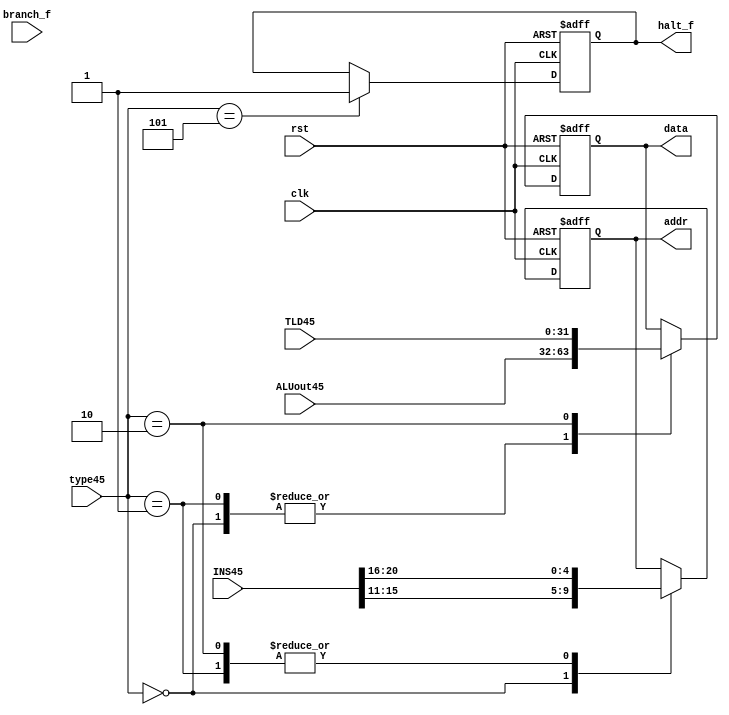
`timescale 1ns / 1ps
//////////////////////////////////////////////////////////////////////////////////
// Company: 
// Engineer: 
// 
// Design Name: 
// Module Name: registerWBstage
// Project Name: 
// Target Devices: 
// Tool Versions: 
// Description: 
// 
// Dependencies: 
// 
// Revision:
// Revision 0.01 - File Created
// Additional Comments:
// 
//////////////////////////////////////////////////////////////////////////////////


module registerWBstage(
input clk,branch_f,rst,
input [31:0]ALUout45,TLD45,INS45,
input [2:0]type45,
output reg halt_f,
output reg[31:0]data,
output reg [4:0]addr
    );
    parameter rr_alu=3'b000,ri_alu=3'b001,load=3'b010,store=3'b011,branch=3'b100,halt=3'b101;   
     //reg wren;
     //reg [31:0]addr,data;
    //registerblock re(.clk(clk),.rd1(5'b00000),.rd2(5'b00000),.wren(wren),.wraddr(addr),.wrdata(data));
 
     always@(posedge clk or posedge rst)
     begin
     if(rst)
     begin
     halt_f<=0;
     data<=0;
     addr<=0;
     end
     else
     begin
     //if(branch_f!=0) wren<=0;
     case(type45)
     rr_alu : begin
              addr<=INS45[15:11];
              data<=ALUout45;
              //wren<=1;
              end
     ri_alu : begin
              addr<=INS45[20:16];
              data<=ALUout45;
              //wren<=1;
              end 
     load : begin
              addr<=INS45[20:16];
              data<=TLD45;
              //wren<=1;
            end
     halt : begin
            halt_f<=1;
            //wren<=0;
            end
     //default : wren<=0;                       
     endcase
     end
     end    
endmodule